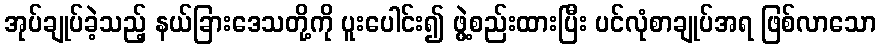
အုပ်ချုပ်ခဲ့သည့် နယ်ခြားဒေသတို့ကို ပူးပေါင်း၍ ဖွဲ့စည်းထားပြီး ပင်လုံစာချုပ်အရ ဖြစ်လာသော